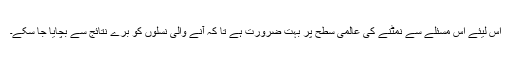
اس لیئے اس مسئلے سے نمٹنے کی عالمی سطح پر بہت ضرورت ہے تا کہ آنے والی نسلوں کو برے نتائج سے بچایا جا سکے۔